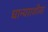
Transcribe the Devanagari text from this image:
धान्यराशीवर